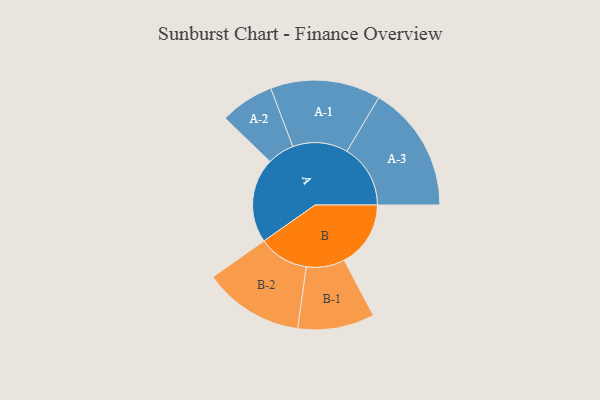
{"axis": {"x": "Segment", "y": "Value"}, "legend": ["", "A", "B"], "data": [{"x": "A", "y": 395, "type": ""}, {"x": "B", "y": 310, "type": ""}, {"x": "A-1", "y": 257, "type": "A"}, {"x": "A-2", "y": 126, "type": "A"}, {"x": "A-3", "y": 296, "type": "A"}, {"x": "B-1", "y": 179, "type": "B"}, {"x": "B-2", "y": 234, "type": "B"}]}